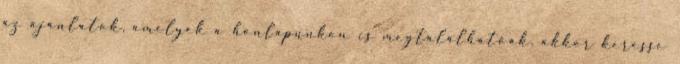
az ajánlatok, amelyek a honlapunkon is megtalálhatóak, akkor keresse